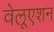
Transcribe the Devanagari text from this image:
वेलूएशन